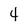
Character: 4